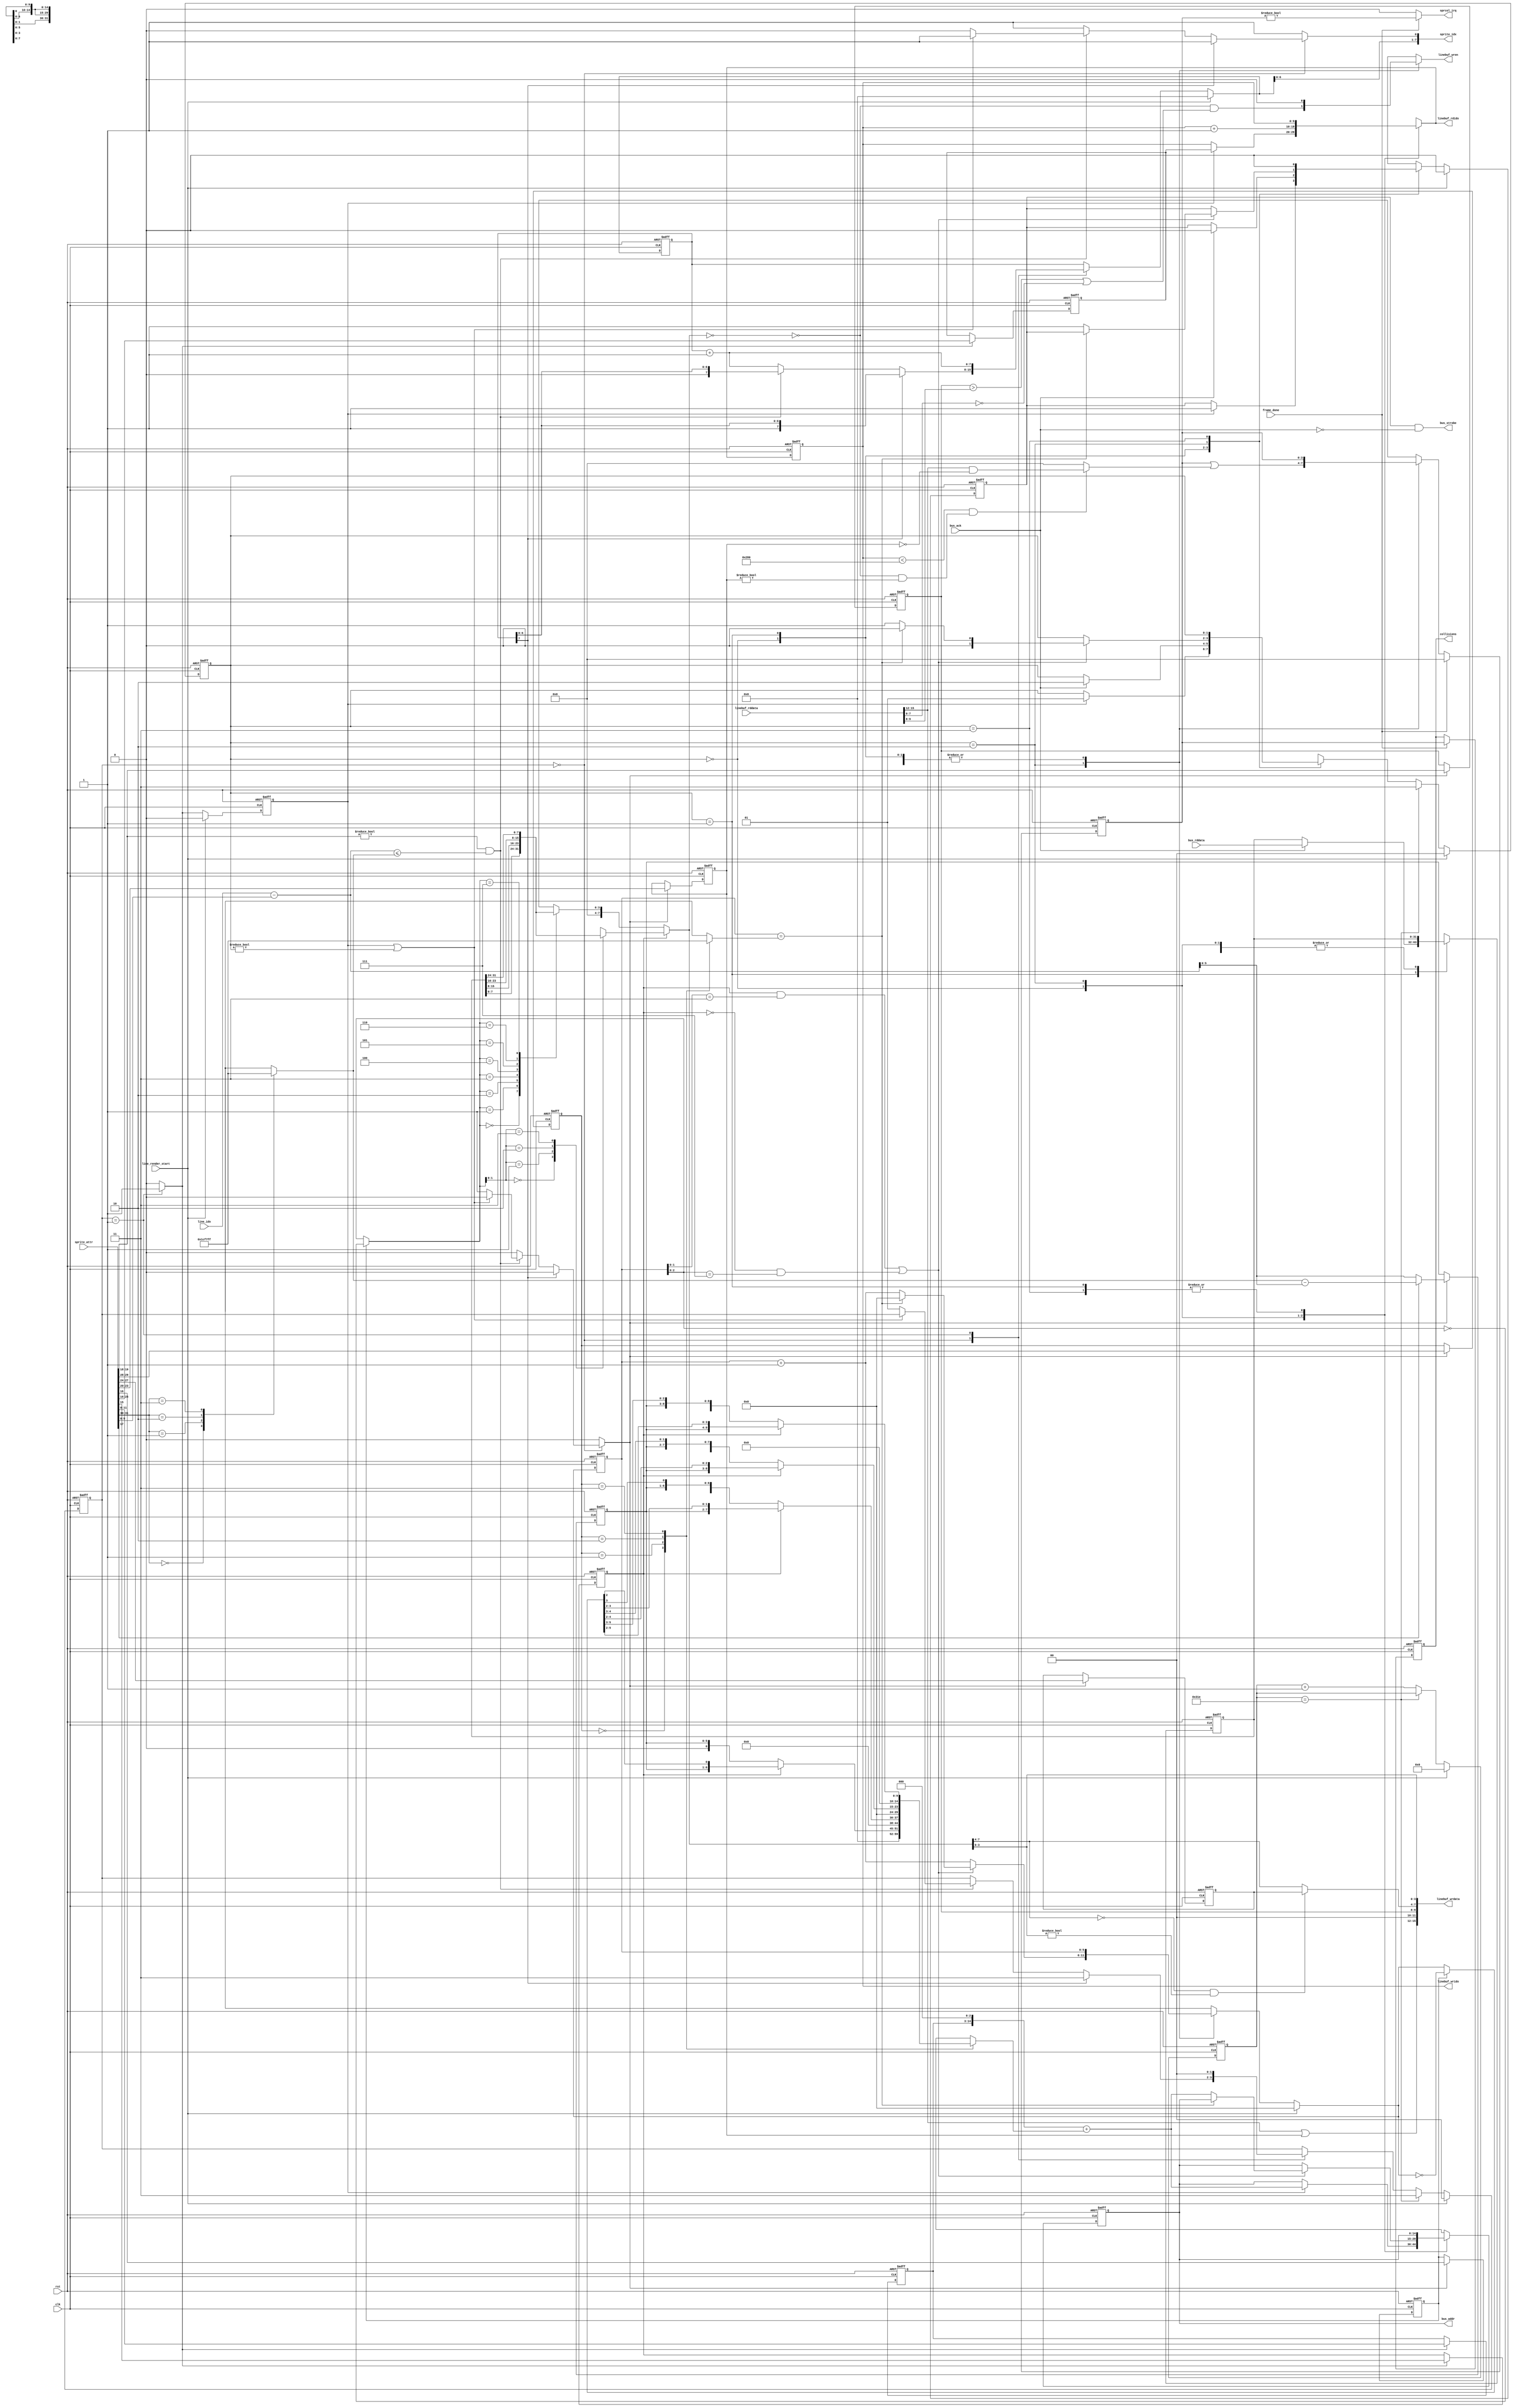
//`default_nettype none

module sprite_renderer(
    input  wire        rst,
    input  wire        clk,

    // Register interface
    output wire  [3:0] collisions,
    output reg         sprcol_irq,

    // Composer interface
    input  wire  [8:0] line_idx,
    input  wire        line_render_start,
    input  wire        frame_done,

    // Bus master interface
    output wire [14:0] bus_addr,
    input  wire [31:0] bus_rddata,
    output wire        bus_strobe,
    input  wire        bus_ack,

    // Sprite attribute RAM interface
    output wire  [7:0] sprite_idx,
    input  wire [31:0] sprite_attr,

    // Line buffer interface
    output wire  [9:0] linebuf_rdidx,
    input  wire [15:0] linebuf_rddata,

    output wire  [9:0] linebuf_wridx,
    output wire [15:0] linebuf_wrdata,
    output wire        linebuf_wren);

    reg [3:0] cur_collision_mask_r,   cur_collision_mask_next;
    reg [3:0] frame_collision_mask_r, frame_collision_mask_next;

    assign collisions = frame_collision_mask_r;

    //////////////////////////////////////////////////////////////////////////
    // Render time limitation
    //////////////////////////////////////////////////////////////////////////
    reg  [9:0] render_time_r;
    wire       render_time_done = (render_time_r == 'd798);

    // Limit render time so that VGA and composite mode get the same amount of render time
    always @(posedge clk or posedge rst) begin
        if (rst) begin
            render_time_r <= 0;
        end else begin
            if (line_render_start) begin
                render_time_r <= 0;
            end else begin
                if (!render_time_done) begin
                    render_time_r <= render_time_r + 10'd1;
                end
            end
        end
    end

    //////////////////////////////////////////////////////////////////////////
    // Sprite searching
    //////////////////////////////////////////////////////////////////////////
    wire       render_busy;

    reg  [7:0] sprite_idx_r, sprite_idx_next;
    reg        sprite_attr_sel_next;

    assign sprite_idx = {sprite_idx_next[6:0], sprite_attr_sel_next};

    // Decode fields from sprite attributes

    // sprite_attr_sel_r=0
    wire [11:0] sprite_attr_addr           = sprite_attr[11:0];
    wire        sprite_attr_mode           = sprite_attr[15];
    wire  [9:0] sprite_attr_x              = sprite_attr[25:16];

    // sprite_attr_sel_r=1
    wire  [9:0] sprite_attr_y              = sprite_attr[9:0];
    wire        sprite_attr_hflip          = sprite_attr[16];
    wire        sprite_attr_vflip          = sprite_attr[17];
    wire  [1:0] sprite_attr_z              = sprite_attr[19:18];
    wire  [3:0] sprite_attr_collision_mask = sprite_attr[23:20];
    wire  [3:0] sprite_attr_palette_offset = sprite_attr[27:24];
    wire  [1:0] sprite_attr_width          = sprite_attr[29:28];
    wire  [1:0] sprite_attr_height         = sprite_attr[31:30];

    // Registers to hold attributes of sprite being rendered
    reg  [11:0] sprite_addr_r;
    reg         sprite_mode_r;
    reg   [9:0] sprite_x_r;

    reg   [5:0] sprite_line_r;
    reg         sprite_hflip_r;
    reg   [1:0] sprite_z_r;
    reg   [3:0] sprite_collision_mask_r;
    reg   [3:0] sprite_palette_offset_r;
    reg   [1:0] sprite_width_r;
    // reg   [1:0] sprite_height_r;

    // Decode sprite height
    reg [5:0] sprite_height_pixels;
    always @* case (sprite_attr_height)
        2'd0: sprite_height_pixels = 6'd7;
        2'd1: sprite_height_pixels = 6'd15;
        2'd2: sprite_height_pixels = 6'd31;
        2'd3: sprite_height_pixels = 6'd63;
    endcase

    // Determine if sprite is on current line
    wire [9:0] ydiff          = {1'b0, line_idx} - sprite_attr_y;
    wire       sprite_on_line = ydiff <= {3'b0, sprite_height_pixels};
    wire       sprite_enabled = sprite_attr_z != 2'd0;
    wire [5:0] sprite_line    = sprite_attr_vflip ? (sprite_height_pixels - ydiff[5:0]) : ydiff[5:0];

    // Sprite find state machine states
    parameter
        SF_FIND_SPRITE  = 2'b00,
        SF_START_RENDER = 2'b01,
        SF_DONE         = 2'b11;

    // Registers used by state machine
    reg  [1:0] sf_state_r, sf_state_next;
    reg        save_hi, save_lo;
    reg        start_render_r, start_render_next;


    wire [7:0] sprite_idx_incr = sprite_idx_r + 8'd1;

    // Render state machine
    always @* begin
        sprite_idx_next      = sprite_idx_r;
        sf_state_next        = sf_state_r;
        sprite_attr_sel_next = 1;
        save_hi              = 0;
        save_lo              = 0;
        start_render_next    = 0;

        case (sf_state_next)
            // Find a sprite to be rendered
            SF_FIND_SPRITE: begin
                if (sprite_idx_r[7]) begin
                    sf_state_next = SF_DONE;

                end else begin
                    if (sprite_enabled && sprite_on_line) begin
                        if (!render_busy) begin
                            sprite_attr_sel_next = 0;
                            save_hi              = 1;
                            sf_state_next        = SF_START_RENDER;
                        end

                    end else begin
                        sprite_idx_next = sprite_idx_incr;
                    end
                end
            end

            // Start the render
            SF_START_RENDER: begin
                save_lo           = 1;
                sf_state_next     = SF_FIND_SPRITE;
                start_render_next = 1;
                sprite_idx_next   = sprite_idx_incr;
            end

            // Wait for the next line
            SF_DONE: begin
            end
        endcase

        if (line_render_start) begin
            sf_state_next     = SF_FIND_SPRITE;
            sprite_idx_next   = 0;
            start_render_next = 0;
        end else begin
            if (render_time_done) begin
                sf_state_next = SF_DONE;
            end
        end
    end

    always @(posedge clk or posedge rst) begin
        if (rst) begin
            sprite_idx_r            <= 0;
            sf_state_r              <= SF_FIND_SPRITE;
            start_render_r          <= 0;

            sprite_addr_r           <= 0;
            sprite_mode_r           <= 0;
            sprite_x_r              <= 0;
            sprite_line_r           <= 0;
            sprite_hflip_r          <= 0;
            sprite_z_r              <= 0;
            sprite_collision_mask_r <= 0;
            sprite_palette_offset_r <= 0;
            sprite_width_r          <= 0;
            // sprite_height_r         <= 0;

        end else begin
            sprite_idx_r   <= sprite_idx_next;
            sf_state_r     <= sf_state_next;
            start_render_r <= start_render_next;

            if (save_lo) begin
                sprite_addr_r           <= sprite_attr_addr;
                sprite_mode_r           <= sprite_attr_mode;
                sprite_x_r              <= sprite_attr_x;
            end
            if (save_hi) begin
                sprite_line_r           <= sprite_line;
                sprite_hflip_r          <= sprite_attr_hflip;
                sprite_z_r              <= sprite_attr_z;
                sprite_collision_mask_r <= sprite_attr_collision_mask;
                sprite_palette_offset_r <= sprite_attr_palette_offset;
                sprite_width_r          <= sprite_attr_width;
                // sprite_height_r         <= sprite_attr_height;
            end
        end
    end

    //////////////////////////////////////////////////////////////////////////
    // Line renderer
    //////////////////////////////////////////////////////////////////////////

    // Decode sprite width
    reg [5:0] sprite_width_pixels;
    always @* case (sprite_width_r)
        2'd0: sprite_width_pixels = 6'd7;
        2'd1: sprite_width_pixels = 6'd15;
        2'd2: sprite_width_pixels = 6'd31;
        2'd3: sprite_width_pixels = 6'd63;
    endcase

    // Determine current sub-sprite x-position
    reg  [5:0] xcnt_r, xcnt_next;
    wire [5:0] hflipped_xcnt      = sprite_hflip_r ? ~xcnt_r    : xcnt_r;
    wire [5:0] hflipped_xcnt_next = sprite_hflip_r ? ~xcnt_next : xcnt_next;

    // Determine address of current sprite line
    reg [14:0] line_addr_tmp;
    always @* case (sprite_width_r)
        2'd0: line_addr_tmp = sprite_mode_r ? {8'b0, sprite_line_r, hflipped_xcnt_next[  2]} : {9'b0, sprite_line_r                         }; //  8 pixels
        2'd1: line_addr_tmp = sprite_mode_r ? {7'b0, sprite_line_r, hflipped_xcnt_next[3:2]} : {8'b0, sprite_line_r, hflipped_xcnt_next[  3]}; // 16 pixels
        2'd2: line_addr_tmp = sprite_mode_r ? {6'b0, sprite_line_r, hflipped_xcnt_next[4:2]} : {7'b0, sprite_line_r, hflipped_xcnt_next[4:3]}; // 32 pixels
        2'd3: line_addr_tmp = sprite_mode_r ? {5'b0, sprite_line_r, hflipped_xcnt_next[5:2]} : {6'b0, sprite_line_r, hflipped_xcnt_next[5:3]}; // 64 pixels
    endcase
    wire [14:0] line_addr = {sprite_addr_r, 3'b0} + line_addr_tmp;

    // State machine states
    parameter
        STATE_IDLE       = 2'b00,
        STATE_WAIT_FETCH = 2'b01,
        STATE_RENDER     = 2'b10,
        STATE_DONE       = 2'b11;

    // Registers used by state machine
    reg  [1:0] state_r,        state_next;
    reg [14:0] bus_addr_r,     bus_addr_next;
    reg        bus_strobe_r,   bus_strobe_next;
    reg [31:0] render_data_r,  render_data_next;
    reg  [9:0] linebuf_idx_r,  linebuf_idx_next;
    reg        /*linebuf_wren_r,*/ linebuf_wren_next;

    assign bus_addr      = bus_addr_r;
    assign bus_strobe    = bus_strobe_r && !bus_ack;
    assign linebuf_rdidx = linebuf_idx_next;
    assign linebuf_wridx = linebuf_idx_r;
    assign linebuf_wren  = linebuf_wren_next;

    // Select current pixel for 4bpp mode
    reg [3:0] cur_pixel_data_4bpp;
    always @* case (hflipped_xcnt[2:0])
        // Byte 0
        3'd0: cur_pixel_data_4bpp = render_data_r[7:4];
        3'd1: cur_pixel_data_4bpp = render_data_r[3:0];

        // Byte 1
        3'd2: cur_pixel_data_4bpp = render_data_r[15:12];
        3'd3: cur_pixel_data_4bpp = render_data_r[11:8];

        // Byte 2
        3'd4: cur_pixel_data_4bpp = render_data_r[23:20];
        3'd5: cur_pixel_data_4bpp = render_data_r[19:16];

        // Byte 3
        3'd6: cur_pixel_data_4bpp = render_data_r[31:28];
        3'd7: cur_pixel_data_4bpp = render_data_r[27:24];
    endcase

    // Select current pixel for 8bpp mode
    reg [7:0] cur_pixel_data_8bpp;
    always @* case (hflipped_xcnt[1:0])
        // Byte 0
        3'd0: cur_pixel_data_8bpp = render_data_r[7:0];

        // Byte 1
        3'd1: cur_pixel_data_8bpp = render_data_r[15:8];

        // Byte 2
        3'd2: cur_pixel_data_8bpp = render_data_r[23:16];

        // Byte 3
        3'd3: cur_pixel_data_8bpp = render_data_r[31:24];
    endcase

    // Select current pixel based on current color depth
    wire [7:0] tmp_pixel_color = sprite_mode_r ? cur_pixel_data_8bpp : {4'b0, cur_pixel_data_4bpp};

    // Determine if pixel is transparent
    wire pixel_is_transparent = (tmp_pixel_color == 8'b0);

    // Apply palette offset
    wire [7:0] cur_pixel_color = {
        ((tmp_pixel_color[7:4] == 0 && tmp_pixel_color[3:0] != 0) ? sprite_palette_offset_r : tmp_pixel_color[7:4]),
        tmp_pixel_color[3:0]
    };

    // Compose data to be written to line buffer
    assign linebuf_wrdata = {linebuf_rddata[15:12] | sprite_collision_mask_r, 2'b0, sprite_z_r, cur_pixel_color};

    // Determine if current pixel should be rendered
    wire dest_pixel_is_transparent = (linebuf_rddata[7:0] == 8'b0);
	wire render_pixel = !pixel_is_transparent && ((sprite_z_r > linebuf_rddata[9:8]) || dest_pixel_is_transparent);

    // Determine collision for the current pixel
    wire [3:0] collision =
        linebuf_idx_r < 'd640 &&
        (!pixel_is_transparent && sprite_collision_mask_r != 4'b0) ? (linebuf_rddata[15:12] & ~sprite_collision_mask_r) : 4'b0;

    // Render state machine
    always @* begin
        state_next                = state_r;
        bus_addr_next             = bus_addr_r;
        bus_strobe_next           = bus_strobe_r;
        render_data_next          = render_data_r;
        linebuf_idx_next          = linebuf_idx_r;
        linebuf_wren_next         = 0;
        xcnt_next                 = xcnt_r;
        sprcol_irq                = 0;
        cur_collision_mask_next   = cur_collision_mask_r;
        frame_collision_mask_next = frame_collision_mask_r;

        case (state_r)
            // Find a sprite to be rendered
            STATE_IDLE: begin
                if (start_render_r) begin
                    linebuf_idx_next = sprite_x_r;
                    bus_addr_next    = line_addr;
                    bus_strobe_next  = 1;
                    state_next       = STATE_WAIT_FETCH;
                end
            end

            // Wait for bus data to arrive
            STATE_WAIT_FETCH: begin
                if (bus_ack) begin
                    bus_strobe_next  = 0;
                    render_data_next = bus_rddata;
                    state_next       = STATE_RENDER;
                end
            end

            // Render the fetched data to the line buffer
            STATE_RENDER: begin
                xcnt_next         = xcnt_r + 6'd1;
                linebuf_idx_next  = linebuf_idx_r + 10'd1;
                linebuf_wren_next = render_pixel;

                // Merge collision with current frame's collision mask
                cur_collision_mask_next = cur_collision_mask_r | collision;

                if ((sprite_mode_r && xcnt_r[1:0] == 3) || (!sprite_mode_r && xcnt_r[2:0] == 7)) begin
                    if (xcnt_r == sprite_width_pixels) begin
                        state_next      = STATE_IDLE;
                        xcnt_next       = 0;
                    end else begin
                        bus_addr_next   = line_addr;
                        bus_strobe_next = 1;
                        state_next      = STATE_WAIT_FETCH;
                    end
                end
            end

            // Wait for the next line
            STATE_DONE: begin
                bus_strobe_next = 0;
            end
        endcase

        if (line_render_start) begin
            state_next       = STATE_IDLE;
            xcnt_next        = 0;
            bus_strobe_next  = 0;
        end else begin
            if (render_time_done) begin
                state_next = STATE_DONE;
            end
        end

        if (frame_done) begin
            sprcol_irq                = (cur_collision_mask_r != 4'b0);
            frame_collision_mask_next = cur_collision_mask_r;
            cur_collision_mask_next   = 4'b0;
        end
    end

    always @(posedge clk or posedge rst) begin
        if (rst) begin
            state_r                <= STATE_IDLE;
            bus_addr_r             <= 0;
            bus_strobe_r           <= 0;
            render_data_r          <= 0;
            linebuf_idx_r          <= 0;
            // linebuf_wren_r         <= 0;
            xcnt_r                 <= 0;
            cur_collision_mask_r   <= 0;
            frame_collision_mask_r <= 0;

        end else begin
            state_r                <= state_next;
            bus_addr_r             <= bus_addr_next;
            bus_strobe_r           <= bus_strobe_next;
            render_data_r          <= render_data_next;
            linebuf_idx_r          <= linebuf_idx_next;
            // linebuf_wren_r         <= linebuf_wren_next;
            xcnt_r                 <= xcnt_next;
            cur_collision_mask_r   <= cur_collision_mask_next;
            frame_collision_mask_r <= frame_collision_mask_next;
        end
    end

    assign render_busy = start_render_r || (state_r != STATE_IDLE);

endmodule